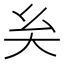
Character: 𡗞